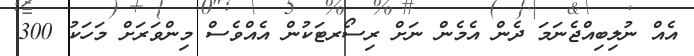
އެއް ނުލިބިއްޖެނަމަ ދެން އެމެން ނަށް ރިސޯރޓަކުން އެއްވެސް މިންވަރަށް މަހަކު 300